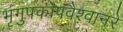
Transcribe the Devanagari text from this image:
भृगुपकोपवैश्वानरे